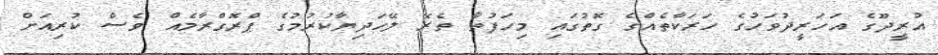
އުރީދޫގެ އަހަރީދުވަހުގެ ހަރަކާތެއްގެ ގޮތުގައި މިހަފުތާ ތެރޭ ލޭހަދިޔާކުރުމުގެ ޕްރޮގްރާމެއް ވެސް ކުރިއަށް